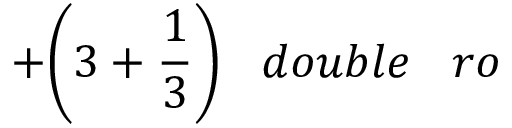
+ { \bigg ( } 3 + { \frac { 1 } { 3 } } { \bigg ) } \; \; \; d o u b l e \; \; \; r o